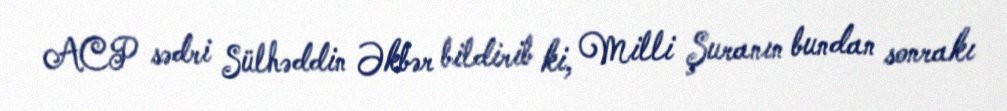
ACP sədri Sülhəddin Əkbər bildirib ki, Milli Şuranın bundan sonrakı